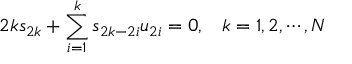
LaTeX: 2 k s _ { 2 k } + \sum _ { i = 1 } ^ { k } s _ { 2 k - 2 i } u _ { 2 i } = 0 , \; \; \; k = 1 , 2 , \cdots , N